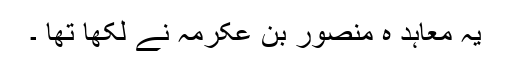
یہ معاہد ہ منصور بن عکرمہ نے لکھا تھا ۔